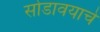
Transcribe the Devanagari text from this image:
सोडावयाचे